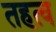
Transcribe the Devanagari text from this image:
तहत्व